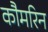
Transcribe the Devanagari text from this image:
कौमरिन